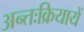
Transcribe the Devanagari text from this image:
अन्तःक्रियायें